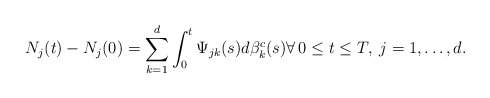
\begin{align*} N_j(t)-N_j(0)=\sum_{k=1}^d\int_0^t\Psi_{jk}(s)d\beta^c_k(s) \forall \, 0\le t \le T, \; j=1,\dots,d. \end{align*}